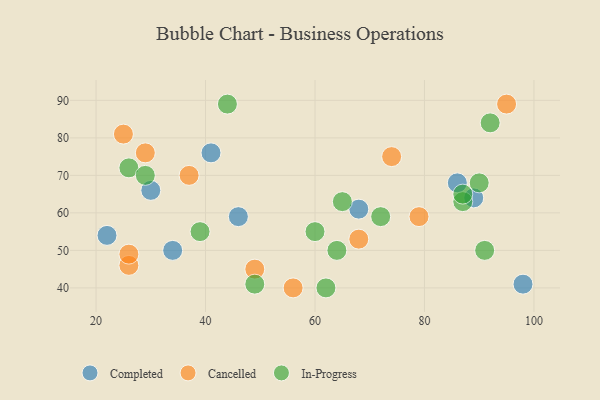
{"axis": {"x": "GDP", "y": "Life Expectancy"}, "legend": ["Cancelled", "Completed", "In-Progress"], "data": [{"x": "68", "y": 61, "type": "Completed"}, {"x": "86", "y": 68, "type": "Completed"}, {"x": "34", "y": 50, "type": "Completed"}, {"x": "30", "y": 66, "type": "Completed"}, {"x": "46", "y": 59, "type": "Completed"}, {"x": "89", "y": 64, "type": "Completed"}, {"x": "22", "y": 54, "type": "Completed"}, {"x": "98", "y": 41, "type": "Completed"}, {"x": "41", "y": 76, "type": "Completed"}, {"x": "56", "y": 40, "type": "Cancelled"}, {"x": "49", "y": 45, "type": "Cancelled"}, {"x": "95", "y": 89, "type": "Cancelled"}, {"x": "37", "y": 70, "type": "Cancelled"}, {"x": "25", "y": 81, "type": "Cancelled"}, {"x": "26", "y": 46, "type": "Cancelled"}, {"x": "29", "y": 76, "type": "Cancelled"}, {"x": "26", "y": 49, "type": "Cancelled"}, {"x": "79", "y": 59, "type": "Cancelled"}, {"x": "74", "y": 75, "type": "Cancelled"}, {"x": "68", "y": 53, "type": "Cancelled"}, {"x": "62", "y": 40, "type": "In-Progress"}, {"x": "26", "y": 72, "type": "In-Progress"}, {"x": "92", "y": 84, "type": "In-Progress"}, {"x": "39", "y": 55, "type": "In-Progress"}, {"x": "65", "y": 63, "type": "In-Progress"}, {"x": "29", "y": 70, "type": "In-Progress"}, {"x": "90", "y": 68, "type": "In-Progress"}, {"x": "91", "y": 50, "type": "In-Progress"}, {"x": "44", "y": 89, "type": "In-Progress"}, {"x": "64", "y": 50, "type": "In-Progress"}, {"x": "87", "y": 63, "type": "In-Progress"}, {"x": "72", "y": 59, "type": "In-Progress"}, {"x": "87", "y": 65, "type": "In-Progress"}, {"x": "60", "y": 55, "type": "In-Progress"}, {"x": "49", "y": 41, "type": "In-Progress"}]}